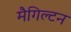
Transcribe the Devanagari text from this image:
मैगिल्टन